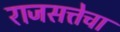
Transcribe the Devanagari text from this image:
राजसत्तेचा